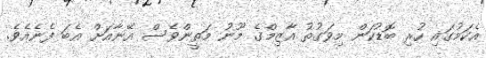
އެކަމުގައި ހުރި ބޮޑުކަން މިވަގުތު އާޒިމްގެ މޫނު މަތީންވެސް އޭނާއަށް އެބަ ފެނެއެވެ.